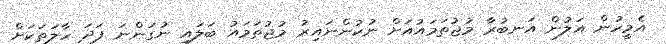
އެމީހުން އަލުން އަނބުރާ މުޖުތަމައުއަށް ނުކުންނައިރު މުޖުތަމައު ބަލައި ނުގަންނަ ފަދަ ހާލަތަކަށް